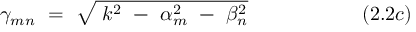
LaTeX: \gamma _ { m n } ~ = ~ { \sqrt { ~ k ^ { 2 } ~ - ~ \alpha _ { m } ^ { 2 } ~ - ~ \beta _ { n } ^ { 2 } } } ~ ~ ~ ~ ~ ~ ~ ~ ~ ~ ~ ~ ~ ~ ~ ~ ~ ( 2 . 2 c )